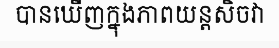
បានឃើញក្នុងភាពយន្តសិចវា